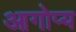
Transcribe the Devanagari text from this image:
आगोप्य